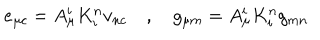
e _ { \mu c } = A _ { \mu } ^ { i } K _ { i } ^ { n } v _ { n c } \quad , \quad g _ { \mu m } = A _ { \mu } ^ { i } K _ { i } ^ { n } g _ { m n }